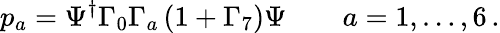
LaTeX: p_{a}=\Psi^{\dagger}\Gamma_{0}\Gamma_{a}\left(1+\Gamma_{7}\right)\Psi\qquad a=1,\dots,6\, .